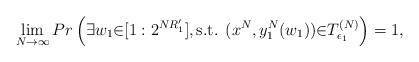
LaTeX: \begin{align*}\lim_{N \to \infty} Pr\left(\exists w_1{\in}[1:2^{N R'_1}], \mbox{s.t. }(x^N, y_1^N(w_1)){\in} T^{(N)}_{\epsilon_1}\right) = 1,\end{align*}